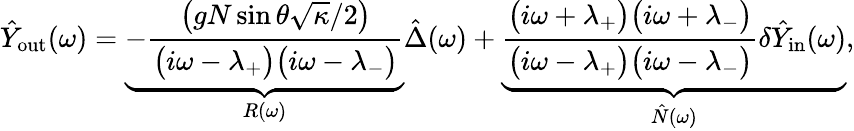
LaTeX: \hat{Y}_{\mathrm{out}}(\omega)=\underbrace{-\frac{\big(gN\sin\theta\sqrt{\kappa}/2\big)}{\big(i\omega-\lambda_{+}\big)\big(i\omega-\lambda_{-}\big)}}_{R(\omega)}\hat{\Delta}(\omega)+\underbrace{\frac{\big(i\omega+\lambda_{+}\big)\big(i\omega+\lambda_{-}\big)}{\big(i\omega-\lambda_{+}\big)\big(i\omega-\lambda_{-}\big)}\delta\hat{Y}_{\mathrm{in}}(\omega)}_{\hat{N}(\omega)},